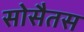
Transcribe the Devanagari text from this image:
सोसैतस